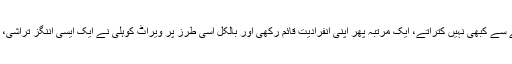
کلارک، جو جیت کے لیے خطرات مول لینے سے کبھی نہیں کتراتے، ایک مرتبہ پھر اپنی انفرادیت قائم رکھی اور بالکل اسی طرز پر ویراٹ کوہلی نے ایک ایسی اننگز تراشی، جو بھارت کی روایات کے بالکل خلاف تھی۔